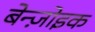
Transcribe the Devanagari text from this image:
बेन्ज़ोइक